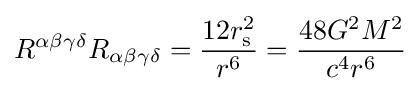
R^{\alpha \beta \gamma \delta }R_{\alpha \beta \gamma \delta }={\frac {12r_{\mathrm {s} }^{2}}{r^{6}}}={\frac {48G^{2}M^{2}}{c^{4}r^{6}}}